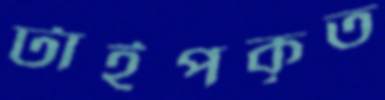
টাইপকৃত